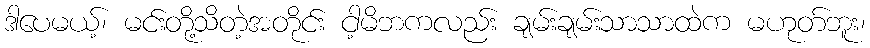
ဒါပေမယ့်၊ မင်းတို့သိတဲ့အတိုင်း ငါ့မိဘကလည်း ချမ်းချမ်းသာသာထဲက မဟုတ်ဘူး၊